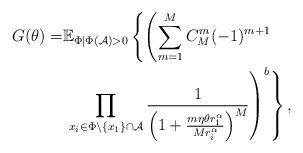
LaTeX: \begin{align*} G(\theta)=&\mathbb{E}_{\Phi|\Phi(\mathcal{A})>0}\left\{\left(\sum_{m=1}^{M}C_{M}^m(-1)^{m+1}\right.\right.\\ &\left.\left.\prod\limits_{x_{i}\in\Phi\backslash\{x_1\}\cap{\mathcal{A}}}\frac{1}{ \left(1+\frac{m\eta\theta r_1^{\alpha}}{Mr_i^{\alpha}}\right)^M}\right)^b\right\},\end{align*}